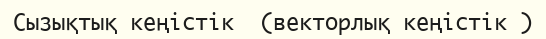
Сызықтық кеңістік  (векторлық кеңістік )